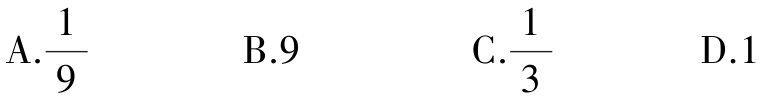
A.$\frac{1}{9}$  B.9  C.$\frac{1}{3}$  D.1